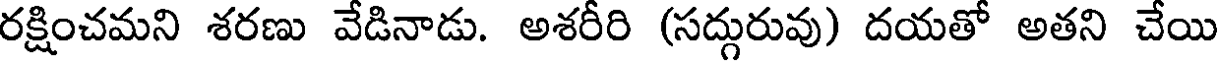
రక్షించమని శరణు వేడినాడు. అశరీరి (సద్గురువు) దయతో అతని చేయి